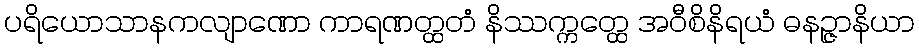
ပရိယောသာနကလျာဏော ကာရဏတ္ထတံ နိဿက္ကတ္ထေ အဝီစိနိရယံ ဓနဉ္ဇာနိယာ